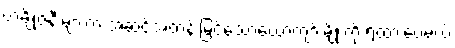
တချို့ဇနီးများက အဆင့်အတန်းမြင့်သောယောကျာ်းမျိုးကို ရထားပေမယ့်